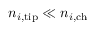
n _ { i , \mathrm { t i p } } \ll n _ { i , \mathrm { c h } }